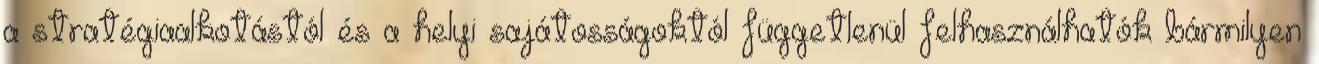
a stratégiaalkotástól és a helyi sajátosságoktól függetlenül felhasználhatók bármilyen